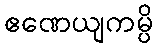
ဧဏေယျကမ္ပိ